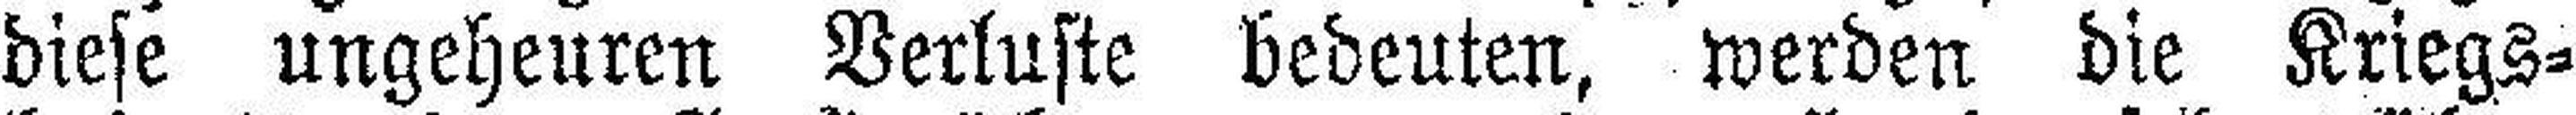
diese ungeheuren Verluste bedeuten, werden die Kriegs¬